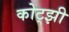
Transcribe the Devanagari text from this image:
कोट्झी